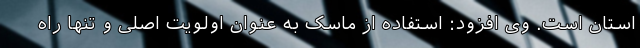
استان است. وی افزود: استفاده از ماسک به عنوان اولویت اصلی و تنها راه